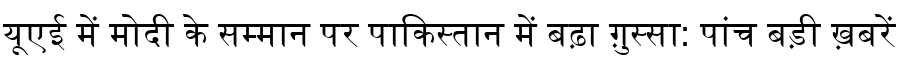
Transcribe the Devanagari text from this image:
यूएई में मोदी के सम्मान पर पाकिस्तान में बढ़ा ग़ुस्सा: पांच बड़ी ख़बरें